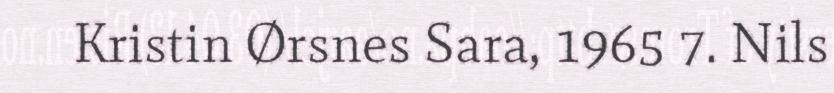
Kristin Ørsnes Sara, 1965 7. Nils